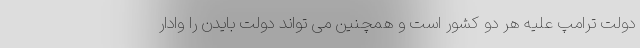
دولت ترامپ علیه هر دو کشور است و همچنین می تواند دولت بایدن را وادار